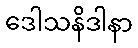
ဒေါသနိဒါနာ